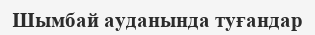
Шымбай ауданында туғандар